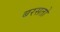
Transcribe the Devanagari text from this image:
बरसतो